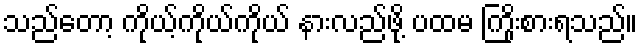
သည်တော့ ကိုယ့်ကိုယ်ကိုယ် နားလည်ဖို့ ပထမ ကြိုးစားရသည်။